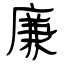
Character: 廉